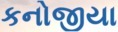
કનોજીયા